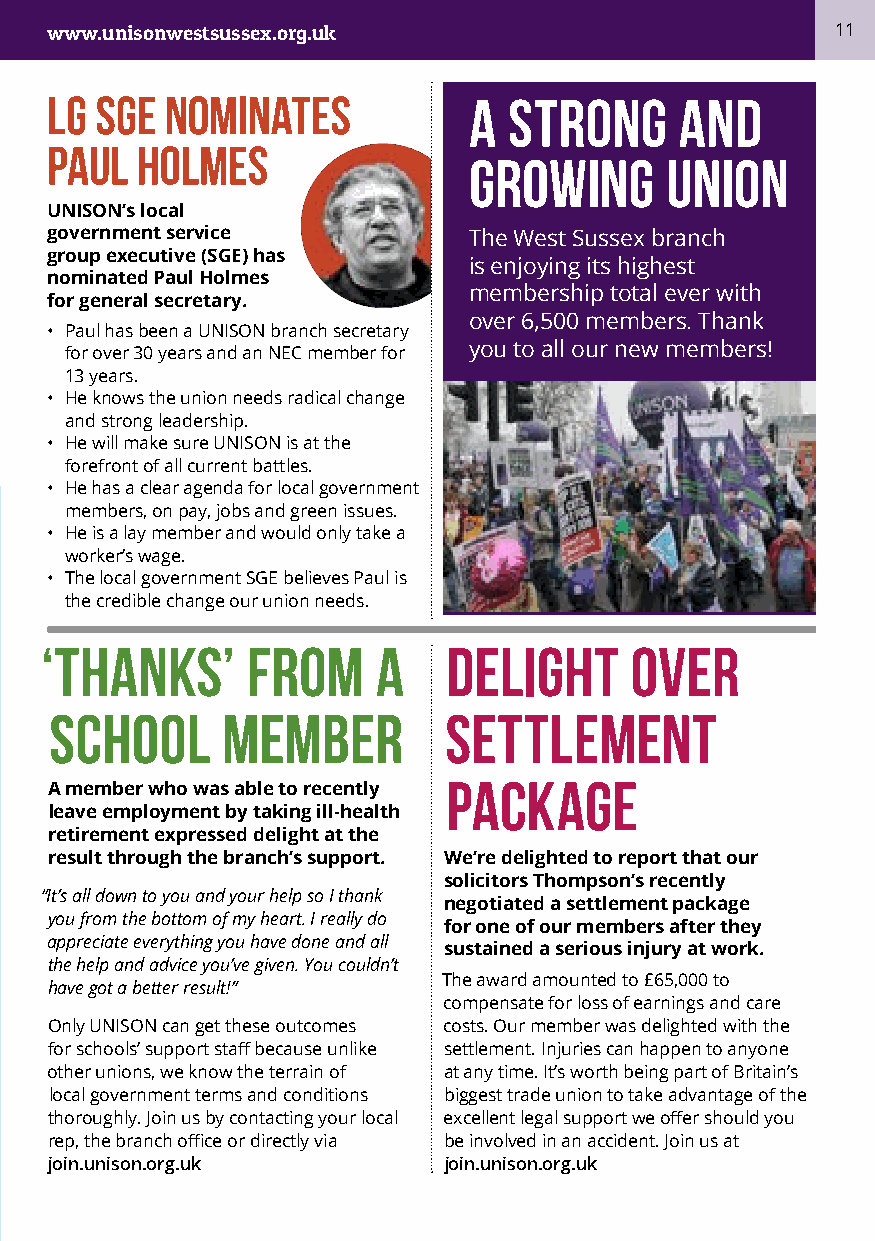
www.unisonwestsussex.org.uk                         11
 LG SGE  nominates           A  strong     and
 Paul  Holmes
 growing      union
 UNISON’s local
 government service          The West Sussex branch
 group executive (SGE) has
 is enjoying its highest
 nominated Paul Holmes
 membership total ever with
 for general secretary.
 over 6,500 members. Thank
 • Paul has been a UNISON branch secretary
 you to all our new members!
 for over 30 years and an NEC member for
 13 years.
 • He knows the union needs radical change
 and strong leadership.
 • He will make sure UNISON is at the
 forefront of all current battles.
 • He has a clear agenda for local government
 members, on pay, jobs and green issues.
 • He is a lay member and would only take a
 worker’s wage.
 • The local government SGE believes Paul is
 the credible change our union needs.
 ‘Thanks’     from     a    Delight     over
 school      member        settlement
 package
 A member who was able to recently
 leave employment by taking ill-health
 retirement expressed delight at the
 result through the branch’s support. We’re delighted to report that our
 solicitors Thompson’s recently
 “It’s all down to you and your help so I thank
 negotiated a settlement package
 you from the bottom of my heart. I really do
 for one of our members after they
 appreciate everything you have done and all
 sustained a serious injury at work.
 the help and advice you’ve given. You couldn’t
 The award amounted to £65,000 to
 have got a better result!”
 compensate for loss of earnings and care
 Only UNISON can get these outcomes costs. Our member was delighted with the
 for schools’ support staff because unlike settlement. Injuries can happen to anyone
 other unions, we know the terrain of at any time. It’s worth being part of Britain’s
 local government terms and conditions biggest trade union to take advantage of the
 thoroughly. Join us by contacting your local excellent legal support we offer should you
 rep, the branch office or directly via be involved in an accident. Join us at
 join.unison.org.uk        join.unison.org.uk